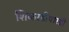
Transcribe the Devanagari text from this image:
शिकरडीपारडी